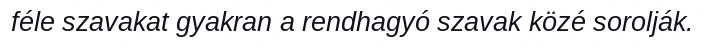
féle szavakat gyakran a rendhagyó szavak közé sorolják.